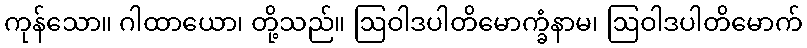
ကုန်သော။ ဂါထာယော၊ တို့သည်။ ဩဝါဒပါတိမောက္ခံနာမ၊ ဩဝါဒပါတိမောက်